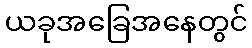
ယခုအခြေအနေတွင်